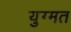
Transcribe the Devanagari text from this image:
युग्मत